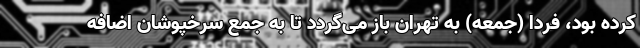
کرده بود، فردا (جمعه) به تهران باز می‌گردد تا به جمع سرخپوشان اضافه